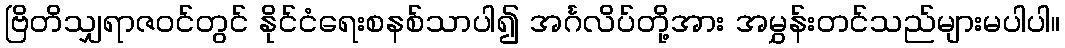
ဗြိတိသျှရာဇဝင်တွင် နိုင်ငံရေးစနစ်သာပါ၍ အင်္ဂလိပ်တို့အား အမွှန်းတင်သည်များမပါပါ။